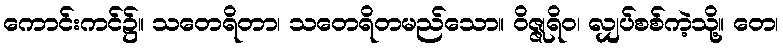
ကောင်းကင်၌။ သတေရိတာ၊ သတေရိတမည်သော။ ဝိဇ္ဇုရိဝ၊ လျှပ်စစ်ကဲ့သို့။ တေ၊